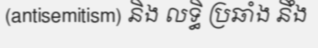
(antisemitism) និង លទ្ធិ ប្រឆាំង នឹង